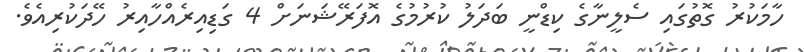
ހާމަކުރު ގޮތުގައި ސެލީނާގެ ކިޑްނީ ބަދަލު ކުރުމުގެ އޮފަރޭޝަނަށް 4 ގަޑިއިރެއްހާއިރު ހޭދަކުރިއެވެ.